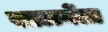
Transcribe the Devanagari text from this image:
साळवेंला